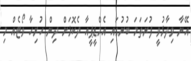
އޭނާ ވިދާޅުވީ ފުރަތަމަ ބުރުގައި އެމްޑީޕީއާ ދެކޮޅަށް ދިން ހުރިހާ ވޯޓެއް މި